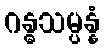
ဂန္ဓသမ္ပန္နံ